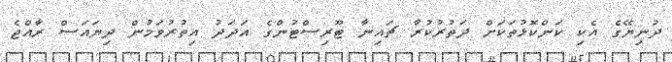
ދުނިޔޭގެ އެކި ކަންކޮޅުތަކަށް ދަތުރުކުރާ ޗައިނާ ޓޫރިސްޓުންގެ އަދަދު އިތުރުވަމުން ދިޔައަސް ރާއްޖެ